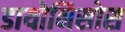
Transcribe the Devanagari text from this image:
डायोनिसोस